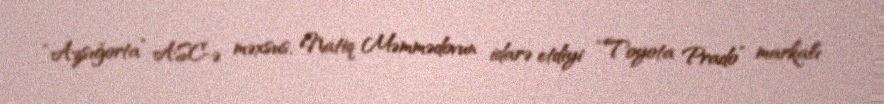
“Azsığorta” ASC-ə məxsus, Natiq Məmmədovun idarə etdiyi “Toyota Prado” markalı